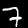
Label: 7